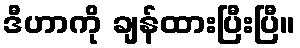
ဒီဟာကို ချန်ထားပြီးပြီ။